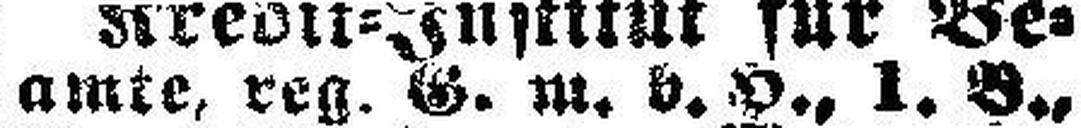
amte, reg. G. m. b. H. l. B.,